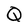
Character: Q